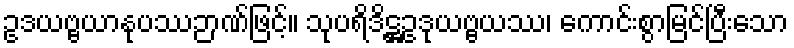
ဥဒယဗ္ဗယာနုပဿဉာဏ်ဖြင့်။ သုပရိဒိဋ္ဌဥဒုယဗ္ဗယဿ၊ ကောင်းစွာမြင်ပြီးသော